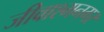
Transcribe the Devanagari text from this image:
जीवाश्मनगर